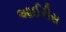
આઈરીસ